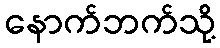
နောက်ဘက်သို့